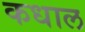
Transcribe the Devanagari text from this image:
कधाल